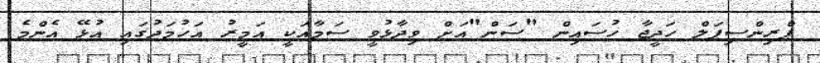
ޕްރިންސިޕަލް ހަދީޖާ ހުސައިން "ސަން"އަށް ވިދާޅުވީ ސަމާއަކީ އަމީރު އަހުމަދުގައި އުޅޭ އެންމެ